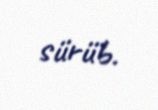
sürüb.